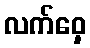
လက်ဝှေ့